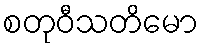
စတုဝီသတိမော